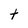
Character: t